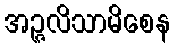
အဉ္ဇလိသာမိစေန